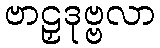
ဗာဠှဒုဗ္ဗလာ